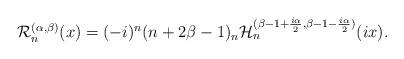
LaTeX: \begin{align*}\mathcal{R}^{(\alpha,\beta)}_{n}(x)=(-i)^n(n+2\beta-1)_n\mathcal{H}^{(\beta-1+\frac{i\alpha}{2},\beta-1-\frac{i\alpha}{2})}_{n}(ix).\end{align*}